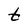
Character: t